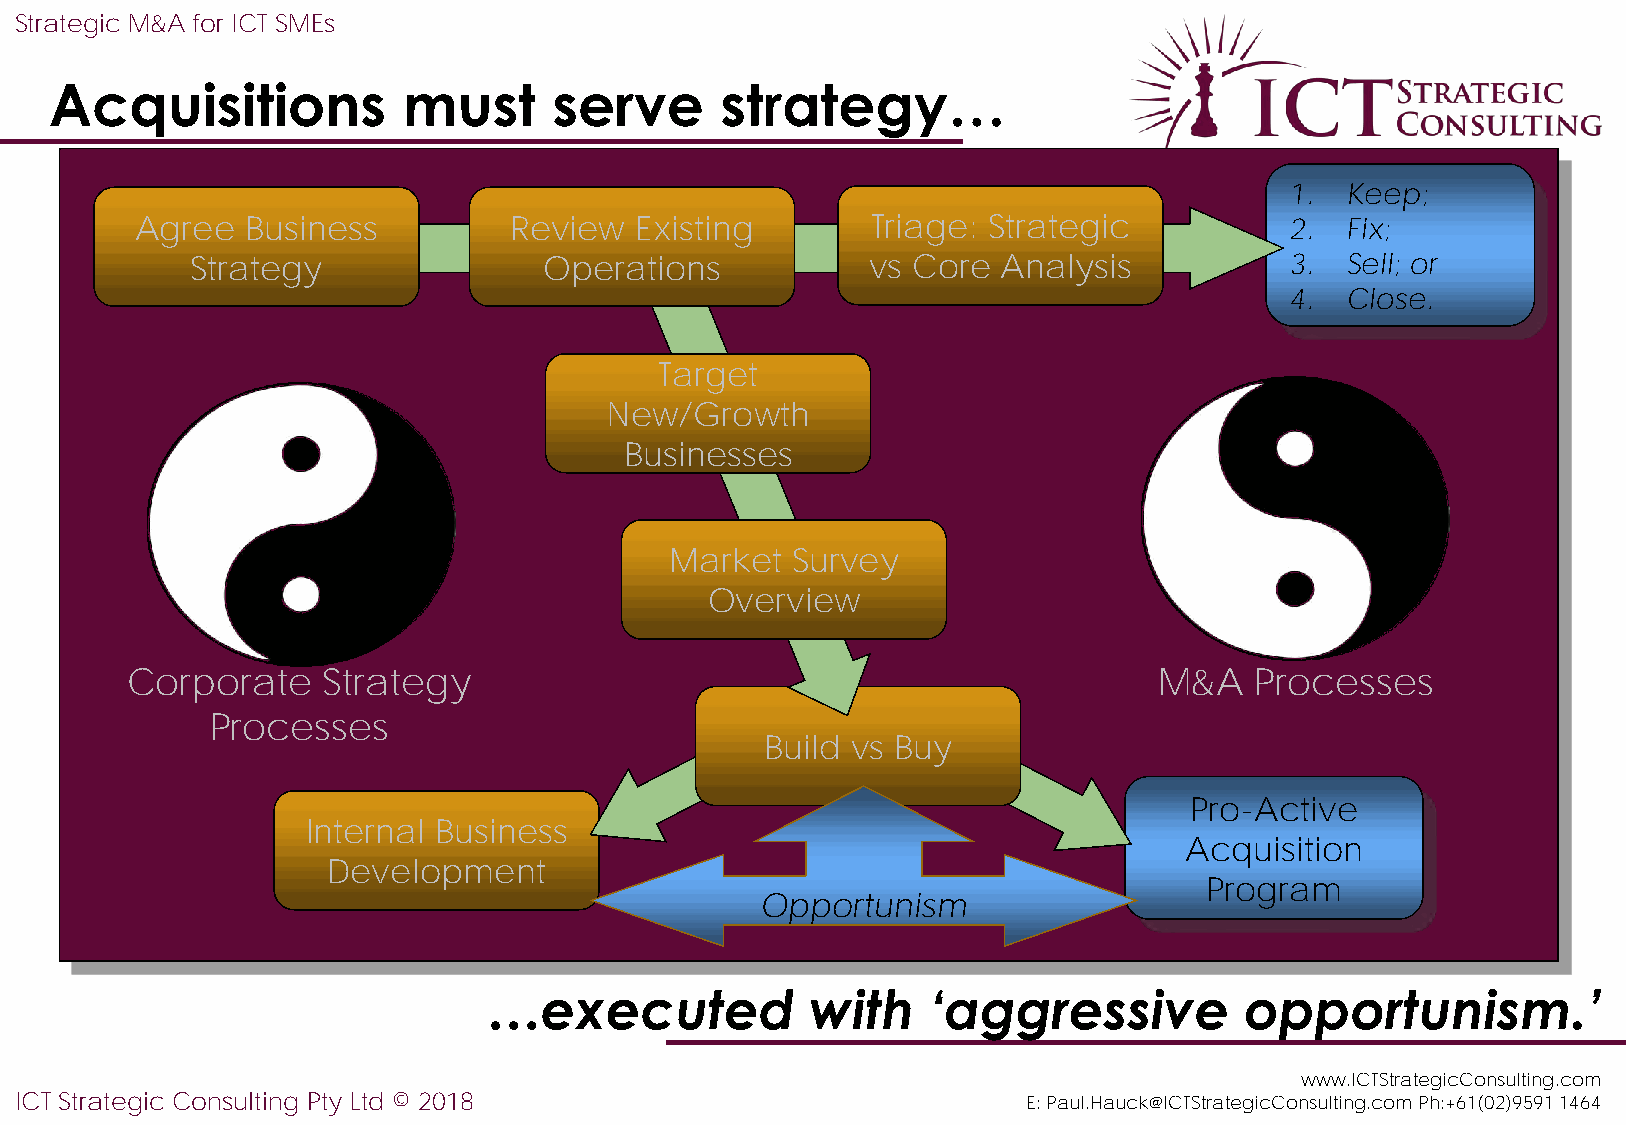
Strategic M&A for ICT SMEs
 Acquisitions            must      serve      strategy…
 1.  Keep;
 Agree  Business          Review  Existing        Triage: Strategic          2.  Fix;
 Strategy               Operations            vs Core Analysis           3.  Sell; or
 4.  Close.
 Target
 New/Growth
 Businesses
 Market  Survey
 Overview
 Corporate    Strategy                                                M&A   Processes
 Processes
 Build vs Buy
 Pro-Active
 Internal Business
 Acquisition
 Development
 Program
 Opportunism
 …executed             with   ‘aggressive          opportunism.’
 www.ICTStrategicConsulting.com
 ICT Strategic Consulting Pty Ltd © 2018                            E: Paul.Hauck@ICTStrategicConsulting.com Ph:+61(02)9591 1464